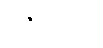
ဝိဇဋေတွာ